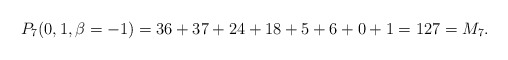
\begin{gather*}P_7(0,1,\beta = -1)= 36+37+24+18+5+6+0+1 = 127 =M_7.\end{gather*}